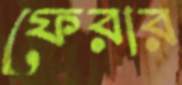
ফেরার